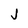
Character: j